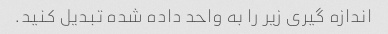
اندازه گیری زیر را به واحد داده شده تبدیل کنید.